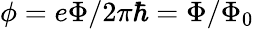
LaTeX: \phi=e\Phi/2\pi\hbar=\Phi/\Phi_{0}